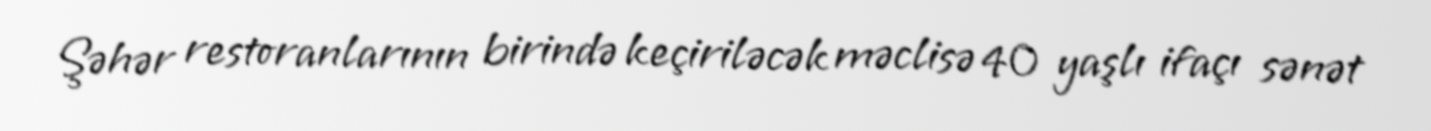
Şəhər restoranlarının birində keçiriləcək məclisə 40 yaşlı ifaçı sənət